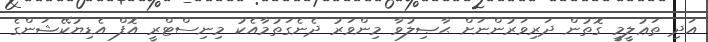
އަދި ތަޢުލީމީ ގޮތުން ދަރިވަރުންނަށް ޙާޞިލުވާ މިންވަރު ދެނެގަތުމާއެކު މިނިސްޓްރީ އޮފް އެޑިޔުކޭޝަންގެ